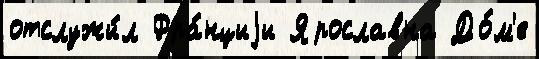
отслужи́л Фра́нциjи Ярославна До́м'е